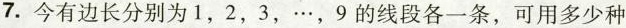
7.今有边长分别为1，2，3，…，9的线段各一条，可用多少种